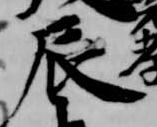
辰